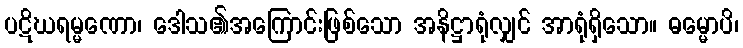
ပဋိဃရမ္မဏော၊ ဒေါသ၏အကြောင်းဖြစ်သော အနိဋ္ဌာရုံလျှင် အာရုံရှိသော။ ဓမ္မောပိ၊